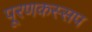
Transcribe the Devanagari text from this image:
पूरणकस्सप